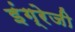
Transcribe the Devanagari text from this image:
इंग्रेजी